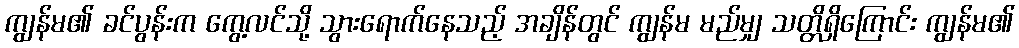
ကျွန်မ၏ ခင်ပွန်းက ကွေ့လင်သို့ သွားရောက်နေသည့် အချိန်တွင် ကျွန်မ မည်မျှ သတ္တိရှိကြောင်း ကျွန်မ၏